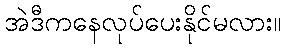
အဲဒီကနေလုပ်ပေးနိုင်မလား။